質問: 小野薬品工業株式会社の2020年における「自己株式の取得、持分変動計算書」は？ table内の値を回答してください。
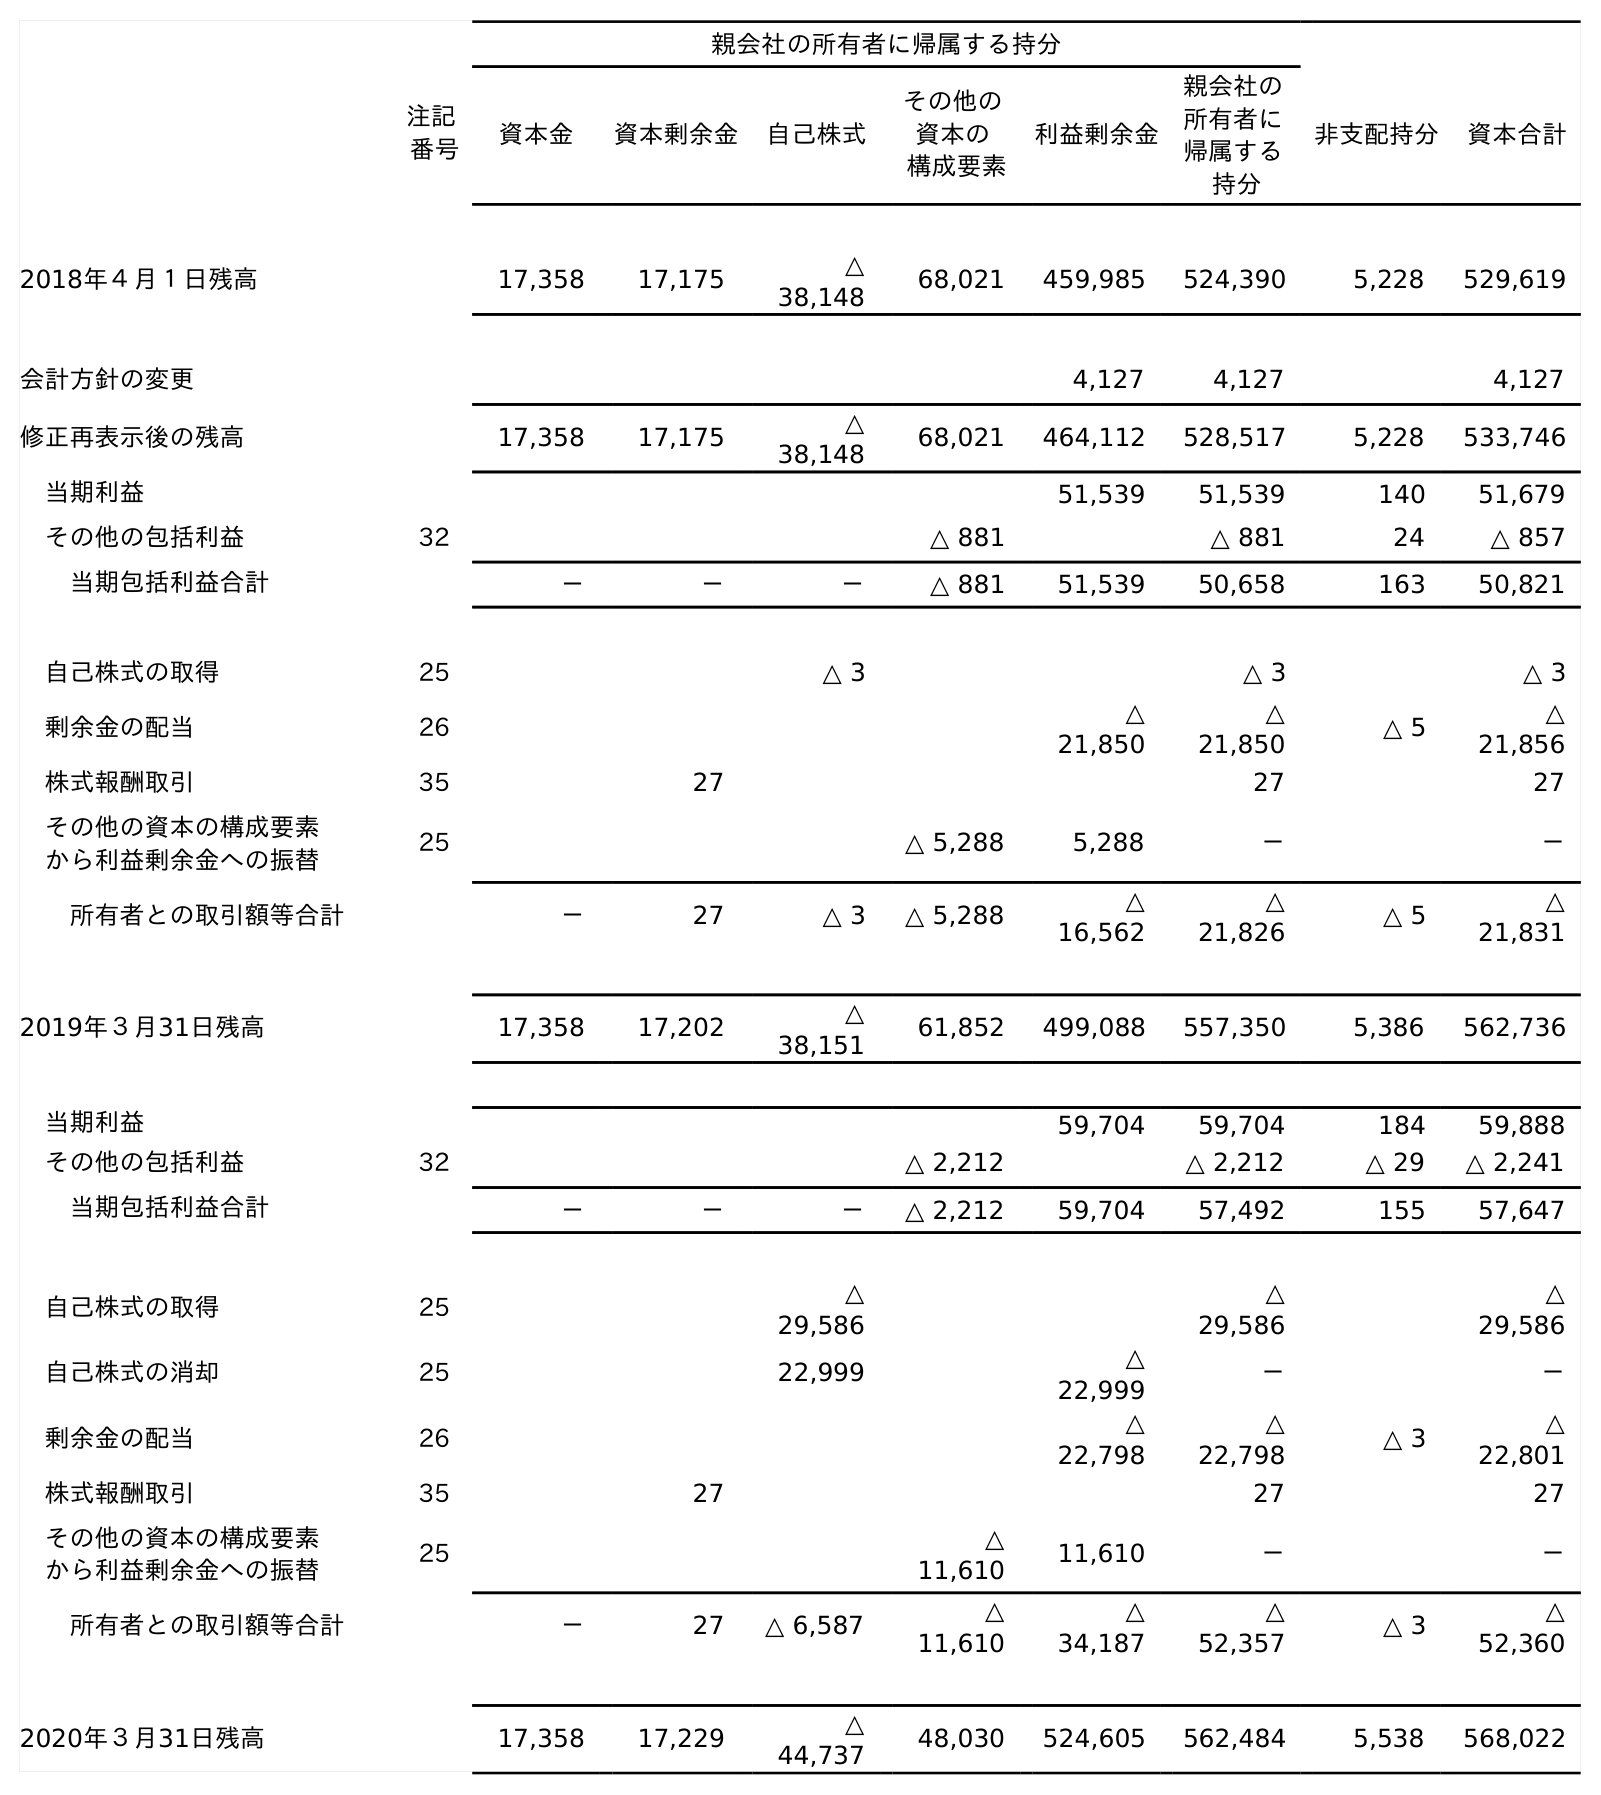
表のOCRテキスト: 親会社の所有者に帰属する持分 注記 番号 資本金 資本剰余金 自己株式 その他の 資本の 構成要素 利益剰余金 親会社の 所有者に 帰属する 持分 非支配持分 資本合計 2018年４月１日残高 17,358 17,175 △ 38,148 68,021 459,985 524,390 5,228 529,619 会計方針の変更 4,127 4,127 4,127 修正再表示後の残高 17,358 17,175 △ 38,148 68,021 464,112 528,517 5,228 533,746 当期利益 51,539 51,539 140 51,679 その他の包括利益 32 △ 881 △ 881 24 △ 857 当期包括利益合計 － － － △ 881 51,539 50,658 163 50,821 自己株式の取得 25 △ 3 △ 3 △ 3 剰余金の配当 26 △ 21,850 △ 21,850 △ 5 △ 21,856 株式報酬取引 35 27 27 27 その他の資本の構成要素 から利益剰余金への振替 25 △ 5,288 5,288 － － 所有者との取引額等合計 － 27 △ 3 △ 5,288 △ 16,562 △ 21,826 △ 5 △ 21,831 2019年３月31日残高 17,358 17,202 △ 38,151 61,852 499,088 557,350 5,386 562,736 当期利益 59,704 59,704 184 59,888 その他の包括利益 32 △ 2,212 △ 2,212 △ 29 △ 2,241 当期包括利益合計 － － － △ 2,212 59,704 57,492 155 57,647 自己株式の取得 25 △ 29,586 △ 29,586 △ 29,586 自己株式の消却 25 22,999 △ 22,999 － － 剰余金の配当 26 △ 22,798 △ 22,798 △ 3 △ 22,801 株式報酬取引 35 27 27 27 その他の資本の構成要素 から利益剰余金への振替 25 △ 11,610 11,610 － － 所有者との取引額等合計 － 27 △ 6,587 △ 11,610 △ 34,187 △ 52,357 △ 3 △ 52,360 2020年３月31日残高 17,358 17,229 △ 44,737 48,030 524,605 562,484 5,538 568,022
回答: △29,586